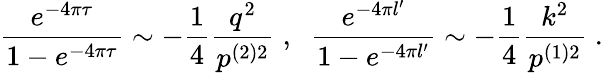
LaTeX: \frac{e^{-4\pi\tau}}{1-e^{-4\pi\tau}}\sim-\frac 14\frac{q^{2}}{p^{(2)2}}\; ,\; \; \frac{e^{-4\pi l^{\prime}}}{1-e^{-4\pi l^{\prime}}}\sim-\frac 14\frac{k^{2}}{p^{(1)2}}\; .